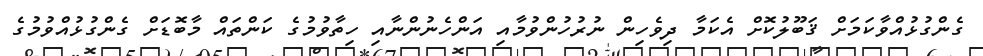
ގެންގުޅުއްވާކަމަށް ޤަބޫލުކޮށް އެކަމާ ދިވެހިން ނުރުހުންވުމާއި އަންހެނުންނާއި ހިތާވުމުގެ ކަންތައް މާބޮޑަށް ގެންގުޅުއްވުމުގެ